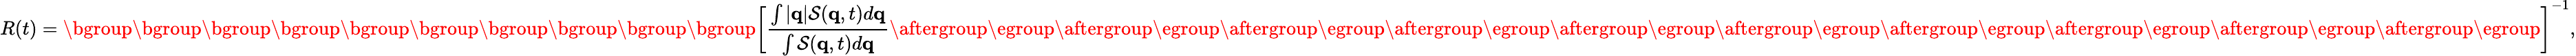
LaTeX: R(t)=\mathopen{}\mathclose\bgroup\mathopen{}\mathclose\bgroup\mathopen{}\mathclose\bgroup\mathopen{}\mathclose\bgroup\mathopen{}\mathclose\bgroup\mathopen{}\mathclose\bgroup\mathopen{}\mathclose\bgroup\mathopen{}\mathclose\bgroup\mathopen{}\mathclose\bgroup\mathopen{}\mathclose\bgroup\left[\frac{\int{|\mathbf{q}|\mathcal{S}(\mathbf{q},t)d\mathbf{q}}}{\int{\mathcal{S}(\mathbf{q},t)d\mathbf{q}}}\aftergroup\egroup\aftergroup\egroup\aftergroup\egroup\aftergroup\egroup\aftergroup\egroup\aftergroup\egroup\aftergroup\egroup\aftergroup\egroup\aftergroup\egroup\aftergroup\egroup\right]^{-1},